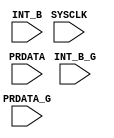
`timescale 1ns/1ps
module APB_BUS_fanjunling_MONITOR 

(
                input SYSCLK,
                input PRDATA,
                input INT_B,
                input PRDATA_G,
                input INT_B_G
);

reg [7:0] error_count = 0;
//reg [15:0] error_time [0:255];
wire [9:0] error_flag;
wire error;
assign error = |error_count;

assign error_flag = {PRDATA,INT_B}
                    ^{PRDATA_G,INT_B_G};

always@(posedge SYSCLK)
begin
    if(error_flag)
    begin
        $display("error occured at %4t",$time);
        error_count = error_count + 1;
        //error_time[error_count] = $time;
        $display("-----error = %2d",error_count); 

    end
    
end

endmodule  //